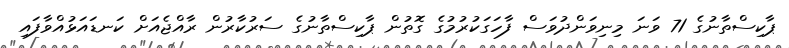
ޕާކިސްތާނުގެ 71 ވަނަ މިނިވަންދުވަސް ފާހަގަކުރުމުގެ ގޮތުން ޕާކިސްތާނުގެ ސަރުކާރުން ރާއްޖެއަށް ކަނޑައަޅުއްވާފައި